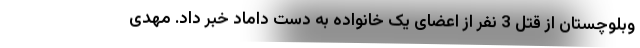
وبلوچستان از قتل 3 نفر از اعضای یک خانواده به دست داماد خبر داد. مهدی